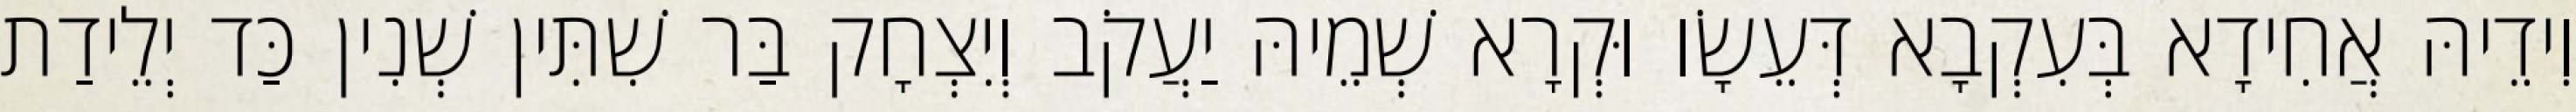
וִידֵיהּ אֲחִידָא בְּעִקְבָא דְּעֵשָׂו וּקְרָא שְׁמֵיהּ יַעֲקֹב וְיִצְחָק בַּר שִׁתִּין שְׁנִין כַּד יְלֵידַת